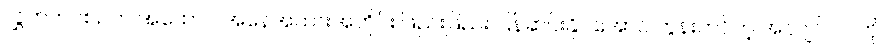
လွှတ်တင်စဉ်က အထောင် အနေအထားအတိုင်း ဖြည်းဖြည်း ပြန်ဆင်းနိုင်အောင် တွန်းတင်တဲ့ အင်ဂျင်ပါဝါကို